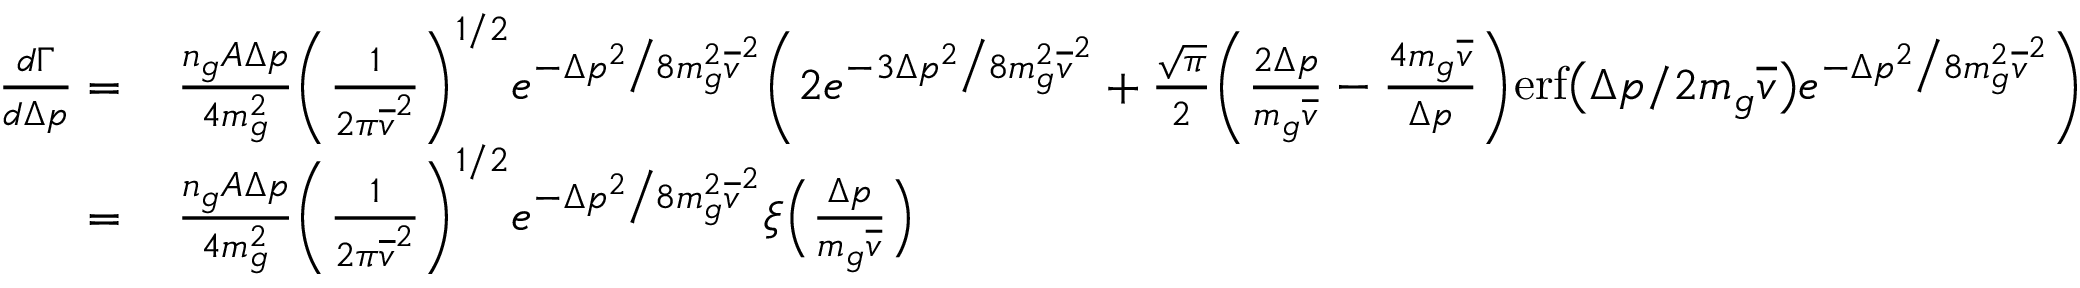
\begin{array} { r l } { \frac { d \Gamma } { d \Delta p } = } & { \, \frac { n _ { g } A \Delta p } { 4 m _ { g } ^ { 2 } } \bigg ( \frac { 1 } { 2 \pi \overline { { v } } ^ { 2 } } \bigg ) ^ { 1 / 2 } e ^ { - \Delta p ^ { 2 } \big / 8 m _ { g } ^ { 2 } \overline { { v } } ^ { 2 } } \bigg ( 2 e ^ { - 3 \Delta p ^ { 2 } \big / 8 m _ { g } ^ { 2 } \overline { { v } } ^ { 2 } } + \frac { \sqrt { \pi } } { 2 } \bigg ( \frac { 2 \Delta p } { m _ { g } \overline { { v } } } - \frac { 4 m _ { g } \overline { { v } } } { \Delta p } \bigg ) \mathrm { e r f } \big ( \Delta p / 2 m _ { g } \overline { { v } } \big ) e ^ { - \Delta p ^ { 2 } \big / 8 m _ { g } ^ { 2 } \overline { { v } } ^ { 2 } } \bigg ) } \\ { = } & { \, \frac { n _ { g } A \Delta p } { 4 m _ { g } ^ { 2 } } \bigg ( \frac { 1 } { 2 \pi \overline { { v } } ^ { 2 } } \bigg ) ^ { 1 / 2 } e ^ { - \Delta p ^ { 2 } \big / 8 m _ { g } ^ { 2 } \overline { { v } } ^ { 2 } } \xi \Big ( \frac { \Delta p } { m _ { g } \overline { { v } } } \Big ) } \end{array}